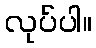
လုပ်ပါ။